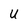
Character: U